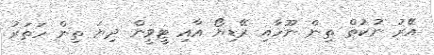
އޭރު ނުކުތް ތިން ނޫހާއި ރޭޑިޔޯ އާއި ޓީވީން ދިޔަ ތިން ހަތަރު